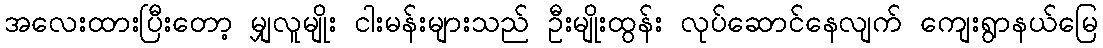
အလေးထားပြီးတော့ မျှလူမျိုး ငါးမန်းများသည် ဦးမျိုးထွန်း လုပ်ဆောင်နေလျက် ကျေးရွာနယ်မြေ